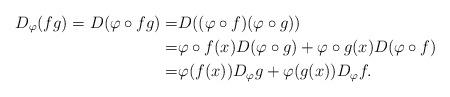
LaTeX: \begin{align*}D_{\varphi}(fg)=D(\varphi\circ fg)=&D((\varphi\circ f)(\varphi\circ g))\\=&\varphi\circ f(x) D(\varphi\circ g)+ \varphi\circ g(x)D(\varphi\circ f)\\=& \varphi(f(x)) D_{\varphi}g+ \varphi(g(x)) D_{\varphi} f.\end{align*}